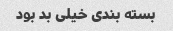
بسته بندی خیلی بد بود